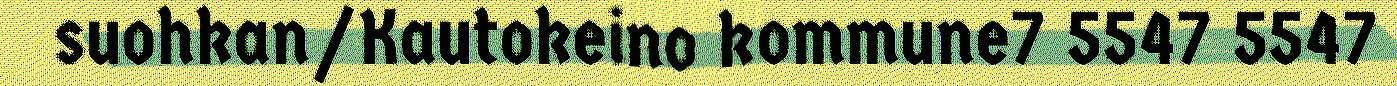
suohkan/Kautokeino kommune7 5547 5547